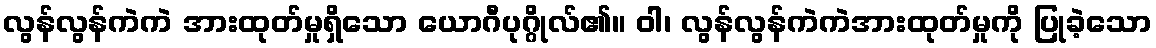
လွန်လွန်ကဲကဲ အားထုတ်မှုရှိသော ယောဂီပုဂ္ဂိုလ်၏။ ဝါ၊ လွန်လွန်ကဲကဲအားထုတ်မှုကို ပြုခဲ့သော